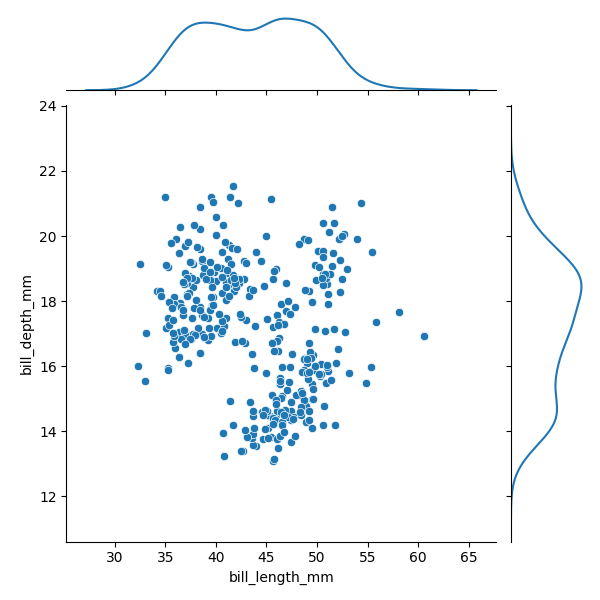
python, seaborn, JointGrid, scatterplot, kdeplot